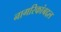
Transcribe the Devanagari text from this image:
नागरिकांबद्दल